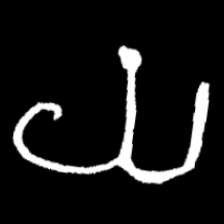
Pyu character \u2014 Myanmar letter: ယ (romanized: ya)